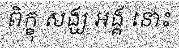
ពិក្ខុ សង្ឃ អង្គ នោះ